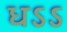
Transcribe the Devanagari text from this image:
धऽऽ